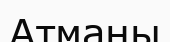
Атманы